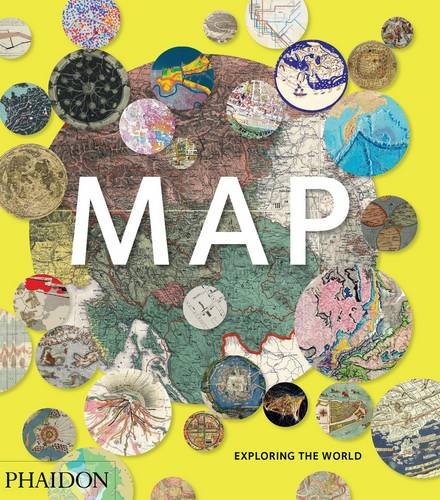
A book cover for Map: Exploring the World; Engineering & Transportation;